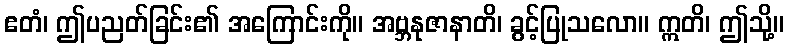
ဧတံ၊ ဤပညတ်ခြင်း၏ အကြောင်းကို။ အဗ္ဘနုဇာနာတိ၊ ခွင့်ပြုသလော။ ဣတိ၊ ဤသို့။